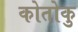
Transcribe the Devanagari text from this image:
कोतोकु